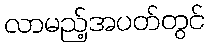
လာမည့်အပတ်တွင်